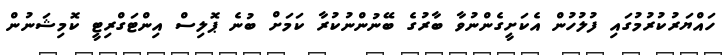
ހައްޔަރުކުރުމުގައި ފުލުހުން އެކަށީގެންނުވާ ބާރުގެ ބޭނުންނުކުރާ ކަމަށް ބުނެ ޕޮލިސް އިންޓަގްރިޓީ ކޮމިޝަނުން